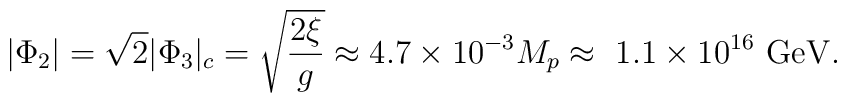
|\Phi_2| = \sqrt 2|\Phi_3|_c = \sqrt {2\xi\over g} \approx 4.7 \times10^{-3} M_p \approx \ 1.1\times 10^{16}~ {\rm GeV}.